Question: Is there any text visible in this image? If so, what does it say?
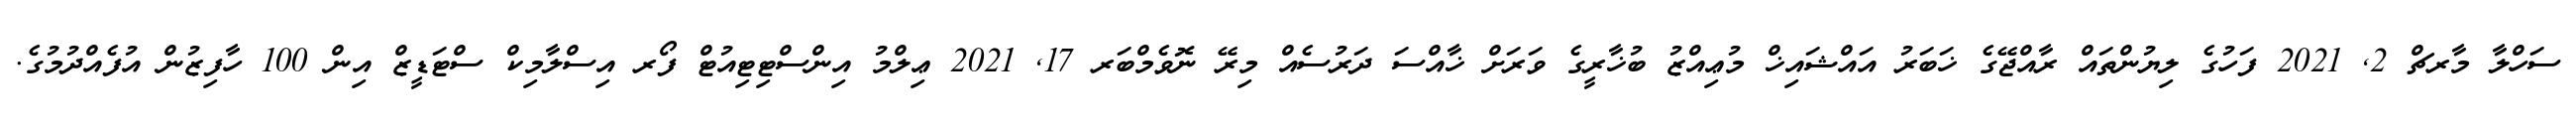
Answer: ސަހްލާ މާރޗް 2, 2021 ފަހުގެ ލިޔުންތައް ރާއްޖޭގެ ޚަބަރު އައްޝައިޚް މުޢިއްޒު ބުޚާރީގެ ވަރަށް ޚާއްސަ ދަރުސެއް މިރޭ ނޮވެމްބަރ 17, 2021 ޢިލްމު އިންސްޓިޓިއުޓް ފޯރ އިސްލާމިކް ސްޓަޑީޒް އިން 100 ހާފިޒުން އުފެއްދުމުގެ.